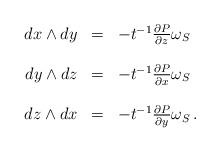
LaTeX: \begin{align*}\begin{array}{rcl} dx\wedge dy & = & -t^{-1}\frac{\partial P}{\partial z} \omega_S \\ \\ dy\wedge dz & = & -t^{-1}\frac{\partial P}{\partial x} \omega_S \\ \\ dz\wedge dx & = & -t^{-1}\frac{\partial P}{\partial y} \omega_S\,.\end{array}\end{align*}